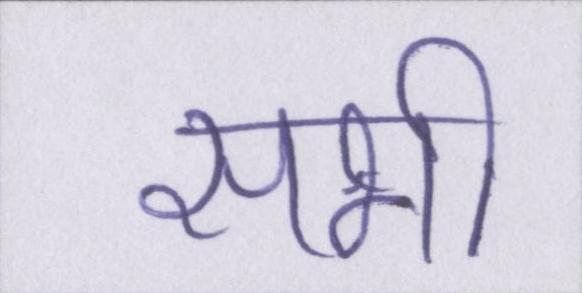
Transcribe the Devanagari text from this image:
सभी